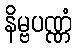
နိမ္ဗပဏ္ဏံ